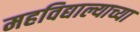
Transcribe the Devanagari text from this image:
महविद्याल्याच्या